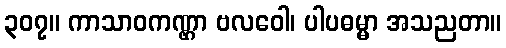
၃၀၇။ ကာသာဝကဏ္ဌာ ဗလဝေါ၊ ပါပဓမ္မာ အသညတာ။